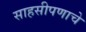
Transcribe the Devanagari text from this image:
साहसीपणाचे